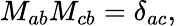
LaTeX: M_{ab}M_{cb}=\delta_{ac},